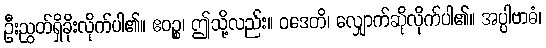
ဦးညွတ်ရှိခိုးလိုက်ပါ၏။ ဧဝဉ္စ၊ ဤသို့လည်း။ ဝဒေတိ၊ လျှောက်ဆိုလိုက်ပါ၏။ အပ္ပါဗာဓံ၊